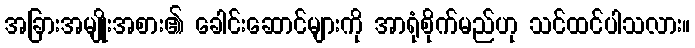
အခြားအမျိုးအစား၏ ခေါင်းဆောင်များကို အာရုံစိုက်မည်ဟု သင်ထင်ပါသလား။